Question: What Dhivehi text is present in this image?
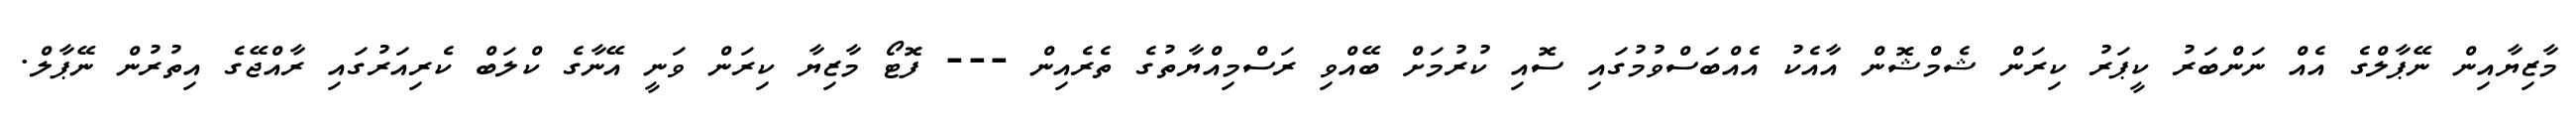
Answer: މާޒިޔާއިން ނޭޕާލްގެ އެއް ނަންބަރު ކީޕަރު ކިރަން ޝެމްޝޮން އާއެކު އެއްބަސްވުމުގައި ސޮއި ކުރުމަށް ބޭއްވި ރަސްމިއްޔާތުގެ ތެރެއިން --- ފޮޓޯ މާޒިޔާ ކިރަން ވަނީ އޭނާގެ ކްލަބް ކެރިއަރުގައި ރާއްޖޭގެ އިތުރުން ނޭޕާލް.